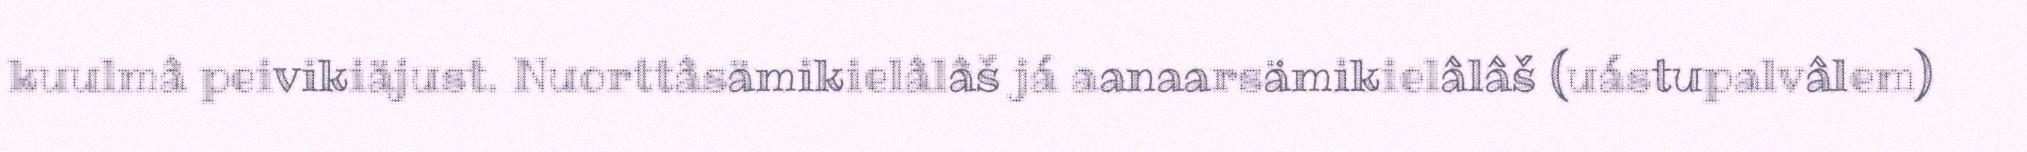
kuulmâ peivikiäjust. Nuorttâsämikielâlâš já aanaarsämikielâlâš (uástupalvâlem)